Lunatic asylums Madras 1892-1911 - 1892-1911
Year: 1892
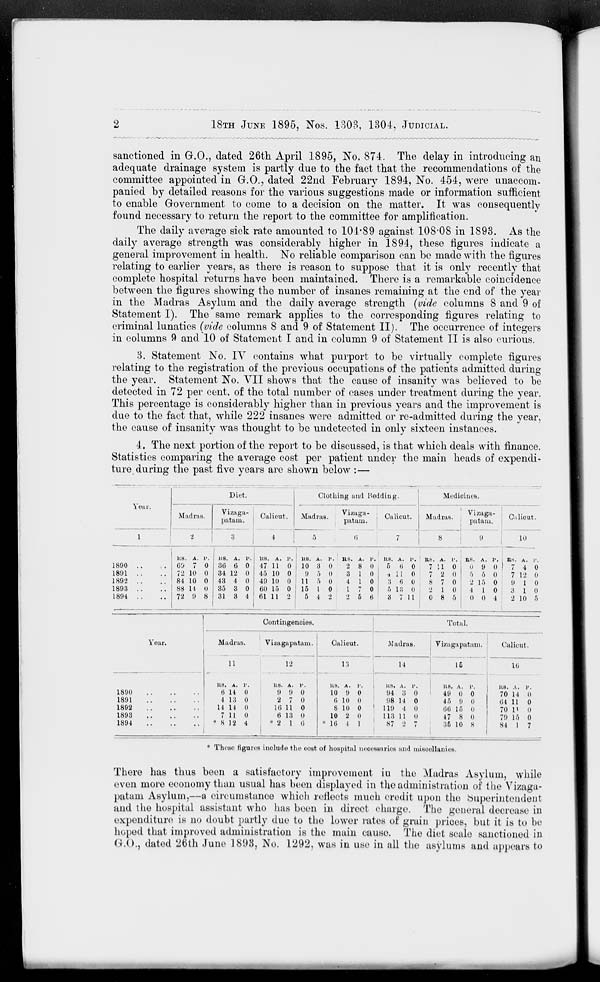
18TH JUNE 1895, Nos. 1303, 1304, JUDICIAL.
sanctioned in G.O., dated 26th April 1895, No. 874. The delay in introducing an
adequate drainage system is partly due to the fact that the recommendations of the
committee appointed in G.O., dated 22nd February 1894, No. 454, were unaccom-
panied by detailed reasons for the various suggestions made or information sufficient
to enable Government to come to a decision on the matter. It was consequently
found necessary to return the report to the committee for amplification.
The daily average sick rate amounted to 104'89 against 108*08 in 1893. As the
daily average strength was considerably higher in 1894, these figures indicate a
general improvement in health. No reliable comparison can be made with the figures
relating to earlier years, as there is reason to suppose that it is only recently that
complete hospital returns have been maintained. There is a remarkable coincidence
between the figures showing the number of insanes remaining at the end of the year
in the Madras Asylum and the daily average strength {vide columns 8 and 9 of
Statement I). The same remark applies to the corresponding figures relating to
criminal lunatics (vide columns 8 and 9 of Statement II). The occurrence of integers
in columns 9 and 10 of Statement I and in column 9 of Statement II is also curious.
3. Statement No. IY contains what purport to be virtually complete figures
relating to the registration of the previous occupations of the patients admitted during
the year. Statement No. YII shows that the cause of insanity was believed to be
detected in 72 per cent, of the total number of cases under treatment during the year.
This percentage is considerably higher than in previous years and the improvement is
due to the fact that, while 222 insaues were admitted or re-admitted during the year,
the cause of insanity was thought to be undetected in only sixteen instances.
4. The next portion of the report to be discussed, is that which deals with finance.
Statistics comparing the average cost per patient under the main heads of expendi-
ture, during the past five years are shown below :—
Year.
Diet.
Madras.
2
Vi 5 d 8 u -
Calicut.
patam.
Clothing and Bedding.
Madras.
Vizaga-
patam.
Calicut.
7
Medicines.
Madras.
Vizaga-
patam,
9
dlicut.
1890
1891
1892
1893
1894
us. A. r. US. A. u. US. A. v.
69 7 0 36 6 0 47 11 0
72 10 0 34 12 0 45 10 0 j
84 10 0 43 4 0 49 10 o
88 14 0 35 3 0 60 15 0
72 9 8 31 3
4
61 11 2 1
1
us.
10
9
11
15
6
1>. RS.
I'
Ufi.
Y
n
1
4
0
0
0
0
n
2 8 0
1 0
0
0
6
5 ti 0
4 11 0
3 6 0
5 13 0
3 7 11
! as. A. •'• as. A. p.
7 11 0
0 9 o )
7 2 0
0
0 0
, 8 7 0
• > 15 0
I 2 1 0
1
1 0
0 8 5
0 0 4
10
as. A.
7 4
7 12
9 1
3 1
2 10
i'.
0
0
0
0
5
Contingencies.
Total.
Year.
Madras.
Vizagapatarn.
11
12
Calicut.
Madras.
Vizagapatani.
15
Calient.
13
US. A. ]'.
10 9 0
6 10 I)
8 10 0
10 2 0
• 1G 4 1
14
16
1890
1891
1892
1893
1894
US. A. 1'.
6 14 0
4 13 o
11 14 0
7 11 o
* S 12 4
US. A. 1'.
9 9 0
2 7 0
1G 11 0
6 13 0
* 2 1 6
us. A. r.
94 3 0
98 14 0
1
119 4 0
113 11 0
87 2 7
US. A. 1'.
49 0 0
45 9 0
66 15 0
47 S l)
35 10 8
KB. A. J'.
70 14 0
G4 11 0
70 1' 0
79 15 0
84 1 7
* These figures include the cost of hospital necessaries and miscellanies.
There has thus been a satisfactory improvement iu the Madras Asylum, while
even more economy than usual has been displayed in the administration of the Vizaga-
patani Asylum,—a circumstance which reflects much credit upon the (Superintendent
and the hospital assistant who has been in direct charge. The general decrease in
expenditure is no doubt partly due to the lower rates of grain prices, but it is to be
hoped that improved administration is the main cause. The diet scale sanctioned in
G.O., dated 26th June 1893, No. 1292, was in use in all the asylums and appears to